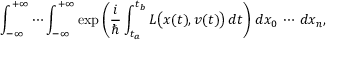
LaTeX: \int _ { - \infty } ^ { + \infty } \cdots \int _ { - \infty } ^ { + \infty } \exp \left( { \frac { i } { \hbar } } \int _ { t _ { a } } ^ { t _ { b } } L { \big ( } x ( t ) , v ( t ) { \big ) } \, d t \right) \, d x _ { 0 } \, \cdots \, d x _ { n } ,